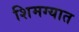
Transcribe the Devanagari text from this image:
शिमग्यात